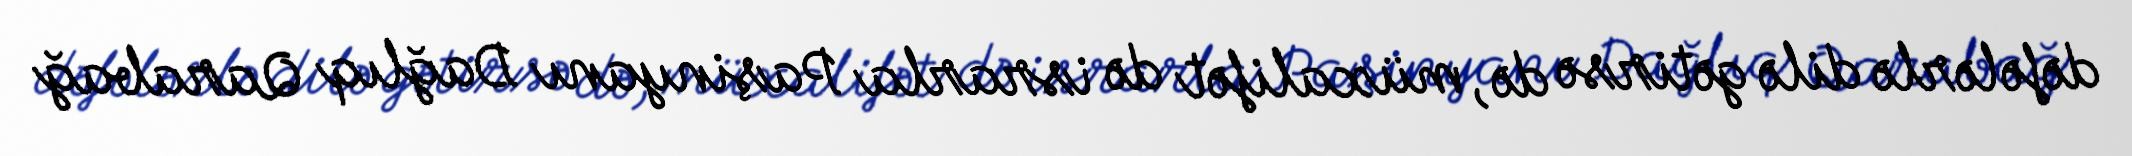
dəfələrlə dilə gətirsə də, müxalifət də israrla Paşinyanı Dağlıq Qarabağ